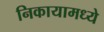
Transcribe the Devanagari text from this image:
निकायामध्ये